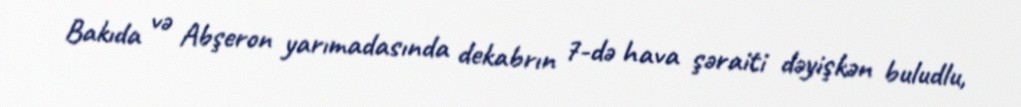
Bakıda və Abşeron yarımadasında dekabrın 7-də hava şəraiti dəyişkən buludlu,